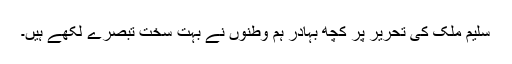
سلیم ملک کی تحریر پر کچھ بہادر ہم وطنوں نے بہت سخت تبصرے لکھے ہیں۔